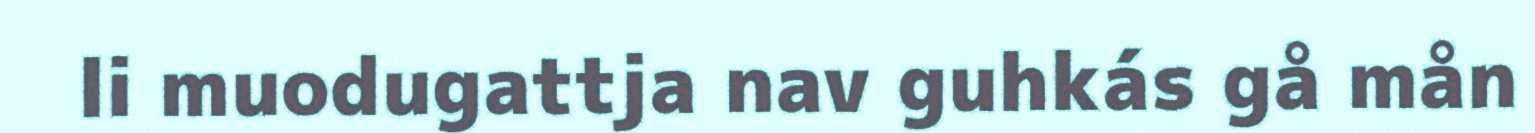
li muodugattja nav guhkás gå mån